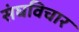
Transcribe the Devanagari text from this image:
संघविचार